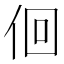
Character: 佪